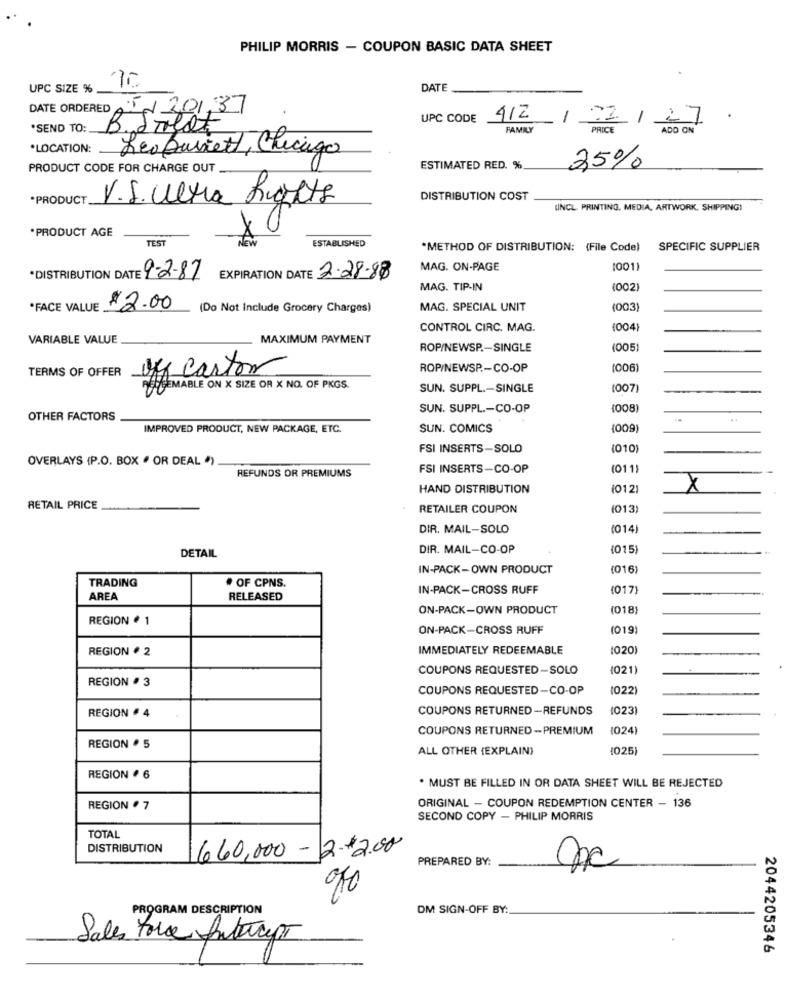
PHILIP MORRIS - COUPON BASIC DATA SHEET
UPC SIZE %
DATE
DATE ORDERED 0 201,37
UPC CODE 412
*SEND TO:
FAMILY
/02/27
PRICE
ADD ON
B. Salat
.LOCATION:
Leo Duriett, Chicago
PRODUCT CODE FOR CHARGE OUT
ESTIMATED RED. %
25%
*PRODUCT.
V.S. Ultra Rights
DISTRIBUTION COST
INCL PRINTING, MEDIA, ARTWORK, SHIPPING)
*PRODUCT AGE
TEST
ESTABLISHED
New
*METHOD OF DISTRIBUTION: (File Code)
SPECIFIC SUPPLIER
MAG. ON-PAGE
1001
*DISTRIBUTION DATE 9-2-87
EXPIRATION DATE 2.28-88
MAG. TIP-IN
(002
*FACE VALUE
$2.00
(Do Not Include Grocery Charges)
MAG. SPECIAL UNIT
(003
CONTROL CIRC. MAG.
1004
VARIABLE VALUE
MAXIMUM PAYMENT
ROP/NEWSP .- SINGLE
(005)
TERMS OF OFFER
ROP/NEWSP .- CO-OP
(006
My carton
SUN. SUPPL .- SINGLE
(007
SUN. SUPPL .- CO-OP
1008
OTHER FACTORS
IMPROVED PRODUCT, NEW PACKAGE, ETC.
SUN. COMICS
(009
FSI INSERTS-SOLO
(010)
OVERLAYS (P.O. BOX " OR DEAL ")
FSI INSERTS-CO-OP
(011)
REFUNDS OR PREMIUMS
HAND DISTRIBUTION
(012)
X
RETAIL PRICE
RETAILER COUPON
(013)
DIR. MAIL-SOLO
(014)
DIR. MAIL-CO-OP
(015
DETAIL
IN-PACK-OWN PRODUCT
016)
TRADING
· OF CPNS.
IN-PACK-CROSS RUFF
(017)
AREA
RELEASED
ON-PACK-OWN PRODUCT
0181
REGION # 1
ON-PACK-CROSS RUFF
(019)
REGION # 2
IMMEDIATELY REDEEMABLE
1020
COUPONS REQUESTED -SOLO
(021)
REGION # 3
COUPONS REQUESTED-CO-OP
1022
COUPONS RETURNED -REFUNDS
1023
REGION . 4
COUPONS RETURNED -PREMIUM
(024)
REGION . 5
ALL OTHER (EXPLAIN)
025)
REGION # 6
. MUST BE FILLED IN OR DATA SHEET WILL BE REJECTED
ORIGINAL - COUPON REDEMPTION CENTER - 136
REGION . 7
SECOND COPY - PHILIP MORRIS
TOTAL
DISTRIBUTION
660,000 -2.+2.00
PREPARED BY:
PROGRAM DESCRIPTION
DM SIGN-OFF BY:
Sales force futapt
2044205346